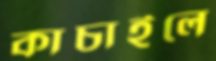
কাচাইলে